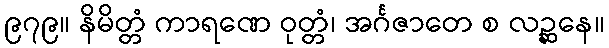
၉၇၉။ နိမိတ္တံ ကာရဏေ ဝုတ္တံ၊ အင်္ဂဇာတေ စ လဉ္ဆနေ။